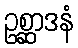
ဥစ္ဆာဒနံ